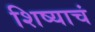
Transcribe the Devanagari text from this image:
शिष्याचं